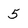
Character: 5